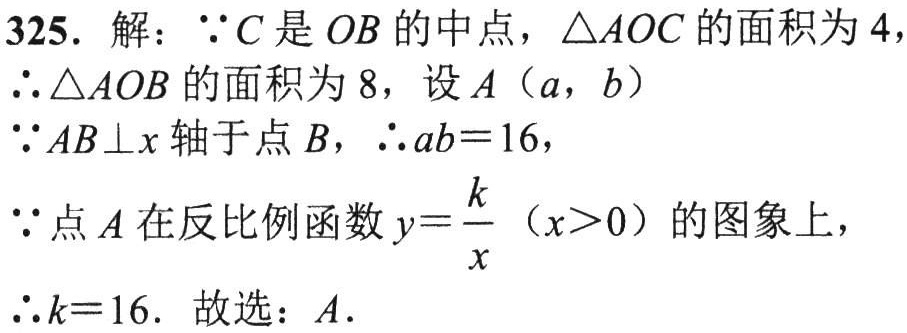
325. 解：\(\because C\)是 \(OB\)的中点，\(\triangle AOC\)的面积为\(4\)，
\(\therefore\triangle AOB\)的面积为\(8\)，设\(A(a,b)\)
\(\because AB\perp x\)轴于点\(B\)，\(\therefore ab = 16\)，
\(\because\)点\(A\)在反比例函数\(y=\frac{k}{x}(x > 0)\)的图象上，
\(\therefore k = 16\). 故选：\(A\).